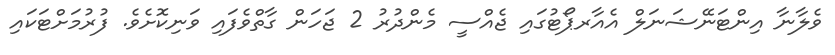
ވެލާނާ އިންޓަނޭޝަނަލް އެއާރޕޯޓުގައި ޖެއްސީ މެންދުރު 2 ޖަހަން ގާތްވެފައި ވަނިކޮށެވެ. ފުރުމަށްޓަކައި